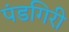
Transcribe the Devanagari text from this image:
पंडगिरी